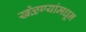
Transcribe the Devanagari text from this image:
खेळण्यांमधून